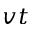
v t